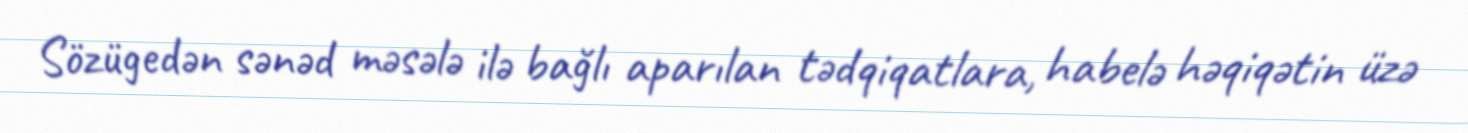
Sözügedən sənəd məsələ ilə bağlı aparılan tədqiqatlara, habelə həqiqətin üzə